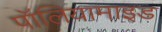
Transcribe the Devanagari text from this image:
पॉलियामाइड